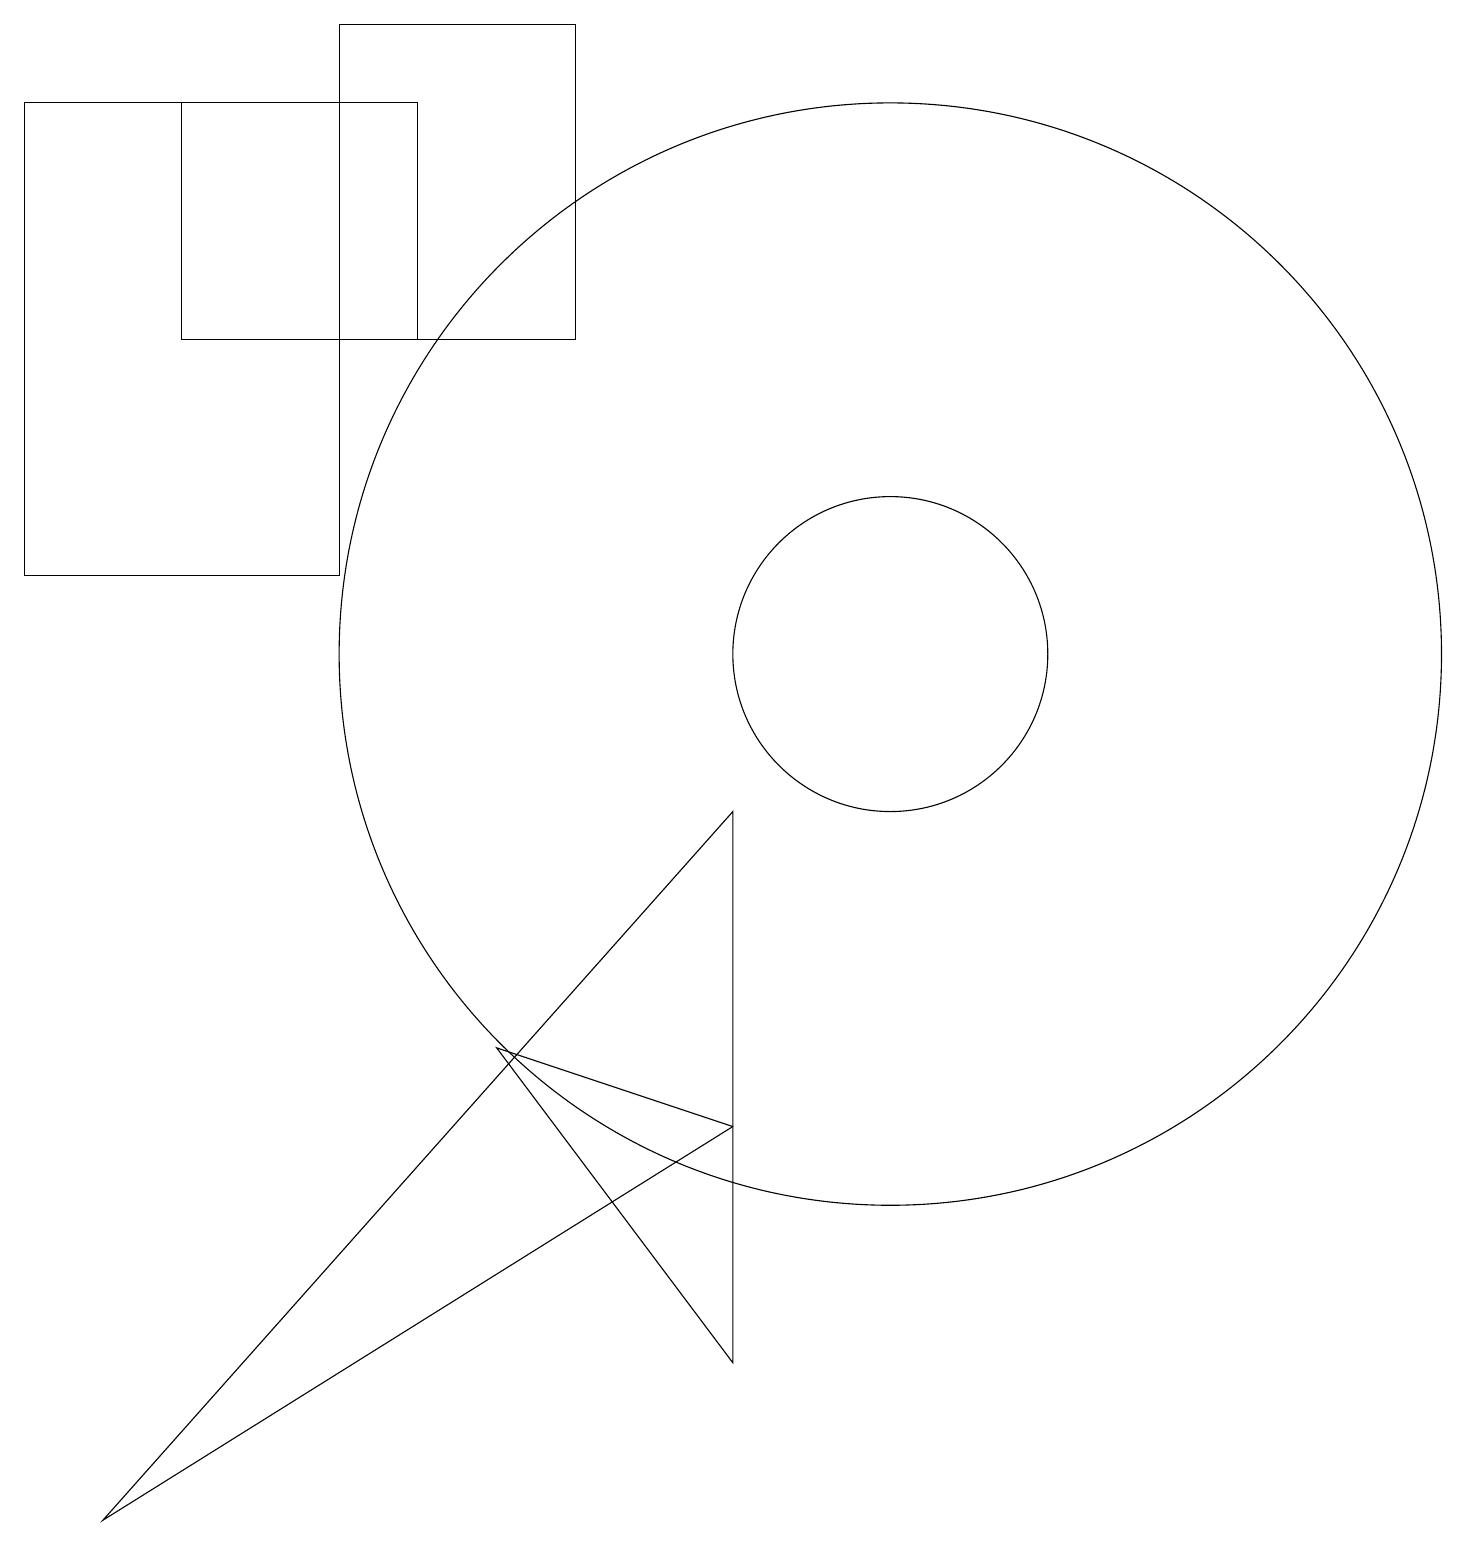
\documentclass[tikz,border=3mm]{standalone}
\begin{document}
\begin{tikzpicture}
\draw (11,11) circle (2);
\draw (0,18) rectangle (4,12);
\draw (9,9) -- (1,0) -- (9,5) -- cycle;
\draw (2,18) rectangle (5,15);
\draw (11,11) circle (7);
\draw (6,6) -- (9,5) -- (9,2) -- cycle;
\draw (7,19) rectangle (4,15);
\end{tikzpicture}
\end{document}